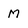
Character: m